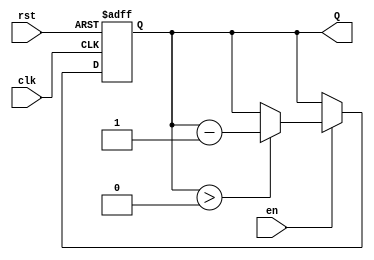
module binary_down_counter (
    input wire clk,       // Clock signal
    input wire rst,       // Asynchronous reset signal
    input wire en,        // Enable signal
    output reg [3:0] Q    // 4-bit output count
);

    // Maximum count value for a 4-bit counter
    localparam MAX_COUNT = 4'b1111; // 15 in decimal

    // Asynchronous reset and counting logic
    always @(posedge clk or posedge rst) begin
        if (rst) begin
            // Reset the counter to maximum count value
            Q <= MAX_COUNT;
        end else if (en) begin
            // Decrement the counter if enabled
            if (Q > 0) begin
                Q <= Q - 1;
            end
            // If wrap-around behavior is desired, uncomment the following line:
            // else begin
            //     Q <= MAX_COUNT; // Wrap around to maximum count value
            // end
        end
    end

endmodule